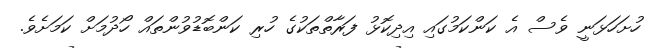
ހުށަހަޅަނީ ވެސް އެ ކަންކަމުގައި އިދިކޮޅު ފަރާތްތަކުގެ ހުރި ކަންބޮޑުވުންތައް ހޯދުމަށް ކަމަށެވެ.